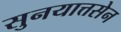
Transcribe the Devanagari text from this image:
सुनयात्तसेन